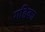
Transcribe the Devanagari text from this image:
गद्दिका